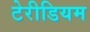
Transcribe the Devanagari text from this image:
टेरीडियम